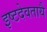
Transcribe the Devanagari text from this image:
इष्टदेवतायै